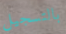
بالتسجيل